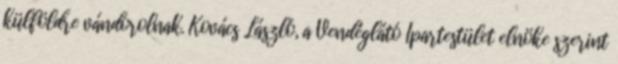
külföldre vándorolnak. Kovács László, a Vendéglátó Ipartestület elnöke szerint